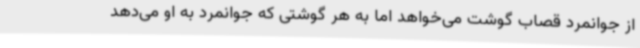
از جوانمرد قصاب گوشت می‌خواهد اما به هر گوشتی که جوانمرد به او می‌دهد